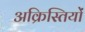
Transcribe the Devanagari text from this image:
अक्रिस्तियों